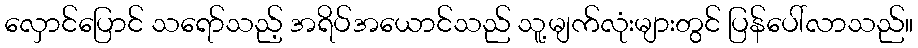
လှောင်ပြောင် သရော်သည့် အရိပ်အယောင်သည် သူ့မျက်လုံးများတွင် ပြန်ပေါ်လာသည်။